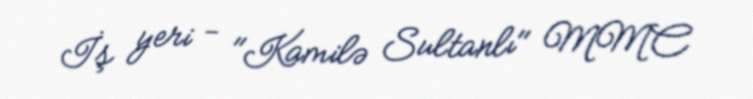
İş yeri - "Kamilə Sultanlı" MMC